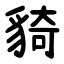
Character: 䝝